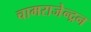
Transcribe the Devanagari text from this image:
चामराजेन्द्रन